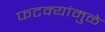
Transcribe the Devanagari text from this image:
फटक्यांमुळे